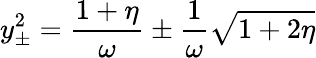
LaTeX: y_{\pm}^{2}={\frac{1+\eta}{\omega}}\pm{\frac{1}{\omega}}\sqrt{1+2\eta}